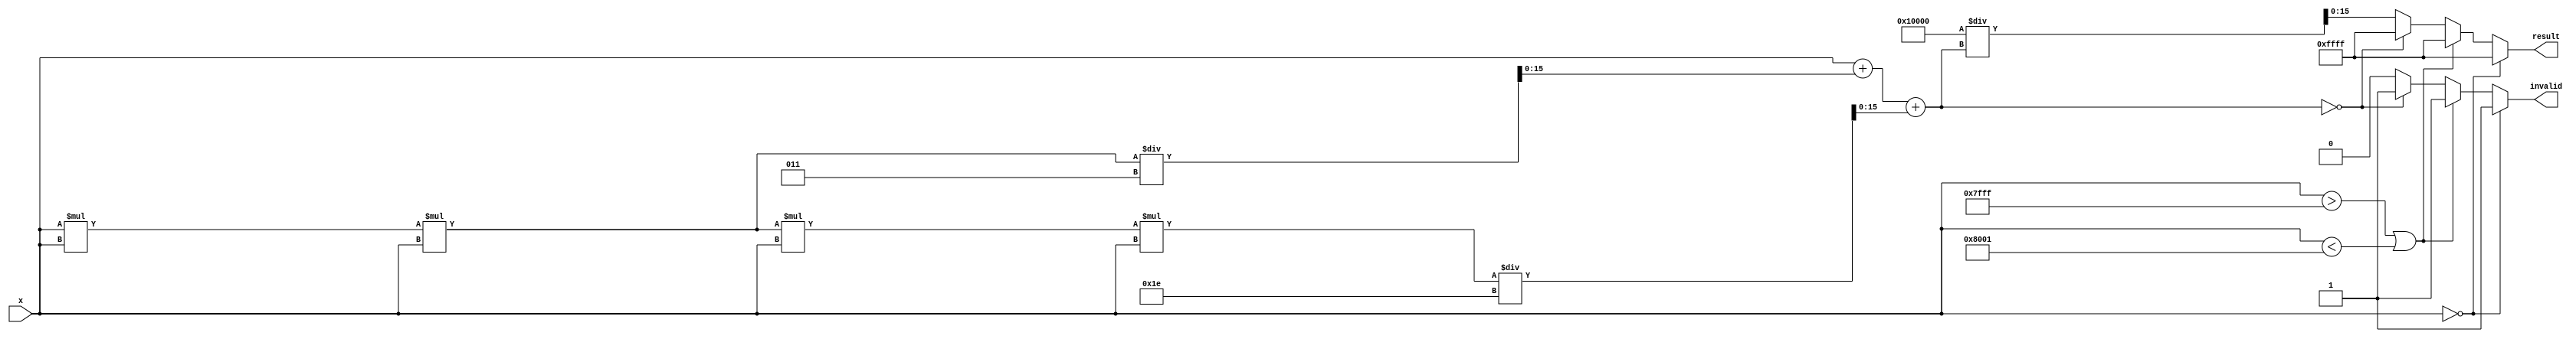
module csch (
    input wire signed [15:0] x,      // Input: fixed-point representation of x
    output reg signed [15:0] result,  // Output: fixed-point representation of csch(x)
    output reg invalid                // Output: flag for invalid input (e.g., division by zero)
);

    // Internal signals
    reg signed [15:0] sinh_x;         // Variable to hold sinh(x)
    reg signed [31:0] temp;           // Temporary variable for multiplication
    reg signed [15:0] approx;         // Approximation of sinh(x)

    // Polynomial approximation for sinh(x) using a simple Taylor expansion
    function signed [15:0] sinh_approx(input signed [15:0] x);
        begin
            sinh_approx = x + (x*x*x)/3 + (x*x*x*x*x)/30; // x + x^3/3! + x^5/5!
        end
    endfunction

    always @* begin
        // Preprocessing
        if (x == 0) begin
            result = 16'hFFFF; // Assign NaN or a specific value for undefined
            invalid = 1;       // Set invalid flag
        end else if (x > 16'h7FFF || x < -16'h7FFF) begin
            result = 16'hFFFF; // Assign NaN for out of range
            invalid = 1;       // Set invalid flag
        end else begin
            invalid = 0;       // Reset invalid flag

            // Compute sinh(x)
            sinh_x = sinh_approx(x);

            // Check for sinh(x) being zero (to avoid division by zero)
            if (sinh_x == 0) begin
                result = 16'hFFFF; // Assign NaN or a specific value for undefined
                invalid = 1;       // Set invalid flag
            end else begin
                // Calculate csch(x) = 1/sinh(x)
                temp = 1 << 16; // 2^16 for fixed-point division
                result = temp / sinh_x; // Fixed-point division
            end
        end
    end
endmodule